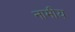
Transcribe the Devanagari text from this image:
नामीय